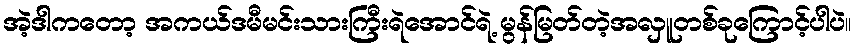
အဲ့ဒါကတော့ အကယ်ဒမီမင်းသားကြီးရဲအောင်ရဲ့ မွန်မြတ်တဲ့အလှူတစ်ခုကြောင့်ပါပဲ။